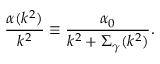
\frac { \alpha ( k ^ { 2 } ) } { k ^ { 2 } } \equiv \frac { \alpha _ { 0 } } { k ^ { 2 } + \Sigma _ { \gamma } ( k ^ { 2 } ) } .